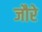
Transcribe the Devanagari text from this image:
जौरे